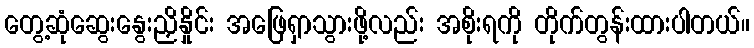
တွေ့ဆုံဆွေးနွေးညှိနှိုင်း အဖြေရှာသွားဖို့လည်း အစိုးရကို တိုက်တွန်းထားပါတယ်။